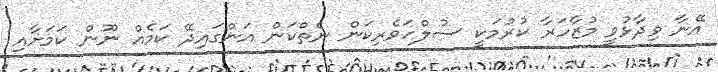
އޭނާ ވިދާޅުވީ މުޒާހަރާ ކުރުމަކީ ސުލްހަވެރިކަން ނެތްކަން އަންގައިދޭ ކަމެއް ނޫން ކަމަށާއި